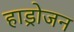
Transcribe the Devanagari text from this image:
हाड्रोजन